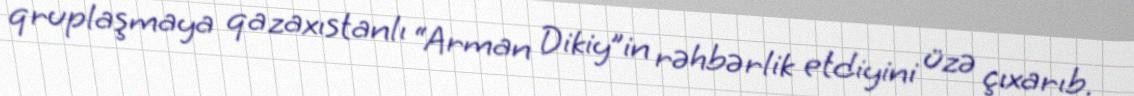
qruplaşmaya qazaxıstanlı “Arman Dikiy”in rəhbərlik etdiyini üzə çıxarıb.